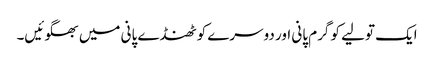
ایک تولیے کو گرم پانی اور دوسرے کو ٹھنڈے پانی میں بھگوئیں۔